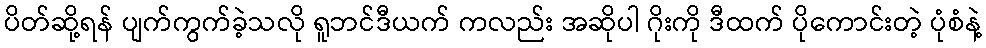
ပိတ်ဆို့ရန် ပျက်ကွက်ခဲ့သလို ရူဘင်ဒီယက် ကလည်း အဆိုပါ ဂိုးကို ဒီထက် ပိုကောင်းတဲ့ ပုံစံနဲ့